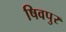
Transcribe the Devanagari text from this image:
षिवपुर